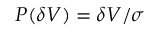
P ( \delta V ) = \delta V / \sigma